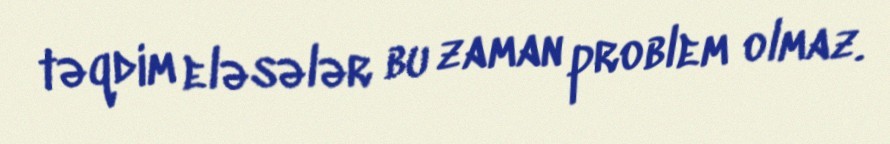
təqdim eləsələr bu zaman problem olmaz.